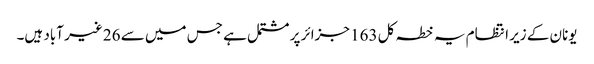
یونان کے زیر انتظام یہ خطہ کل 163 جزائر پر مشتمل ہے جس میں سے 26 غیر آباد ہیں۔